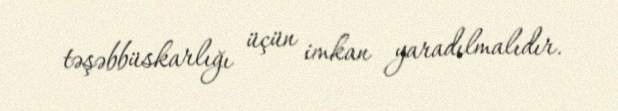
təşəbbüskarlığı üçün imkan yaradılmalıdır.